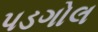
પડગોલ